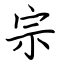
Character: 宗